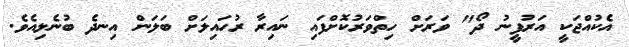
އެކުއްޖަކީ އަރުފީނު ދޯ" ވަރަށް ހިތްވަރުކޮށްފައި ނައިރާ ރުހައިލަށް ބަލަން އިނދެ ބުނެލިއެވެ.